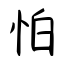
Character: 怕